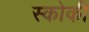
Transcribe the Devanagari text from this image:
स्कोकी